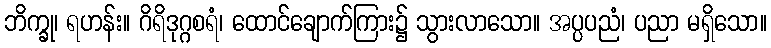
ဘိက္ခု၊ ရဟန်း။ ဂိရိဒုဂ္ဂစရံ၊ ထောင်ချောက်ကြား၌ သွားလာသော။ အပ္ပပညံ၊ ပညာ မရှိသော။